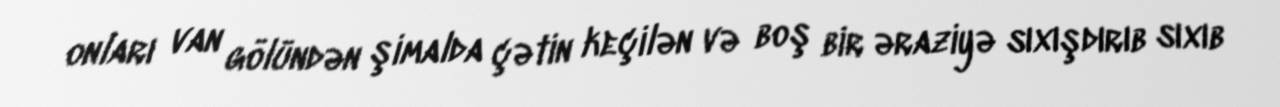
onları van gölündən şimalda çətin keçilən və boş bir əraziyə sıxışdırıb sıxıb